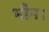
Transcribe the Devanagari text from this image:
भौन।